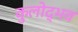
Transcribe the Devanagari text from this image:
कुलोद्भव